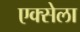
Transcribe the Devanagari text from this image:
एक्सेला